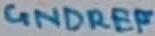
Text: GNDREF